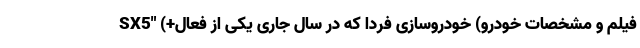
SX5" (+فیلم و مشخصات خودرو) خودروسازی فردا که در سال جاری یکی از فعال